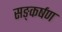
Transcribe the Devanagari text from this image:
सङ्कर्षण